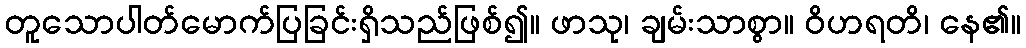
တူသောပါတ်မောက်ပြခြင်းရှိသည်ဖြစ်၍။ ဖာသု၊ ချမ်းသာစွာ။ ဝိဟရတိ၊ နေ၏။